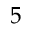
5